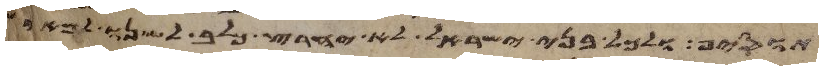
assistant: תוסיף ולכל בני ישראל לא יחרץ כלב לשנו